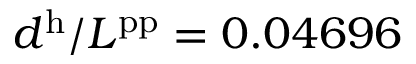
d ^ { \mathrm { h } } / L ^ { \mathrm { p p } } = 0 . 0 4 6 9 6